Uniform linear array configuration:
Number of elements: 32
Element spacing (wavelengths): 1
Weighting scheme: binomial
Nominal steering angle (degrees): -60
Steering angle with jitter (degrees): -60.576
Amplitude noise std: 0.05
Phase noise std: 0.05

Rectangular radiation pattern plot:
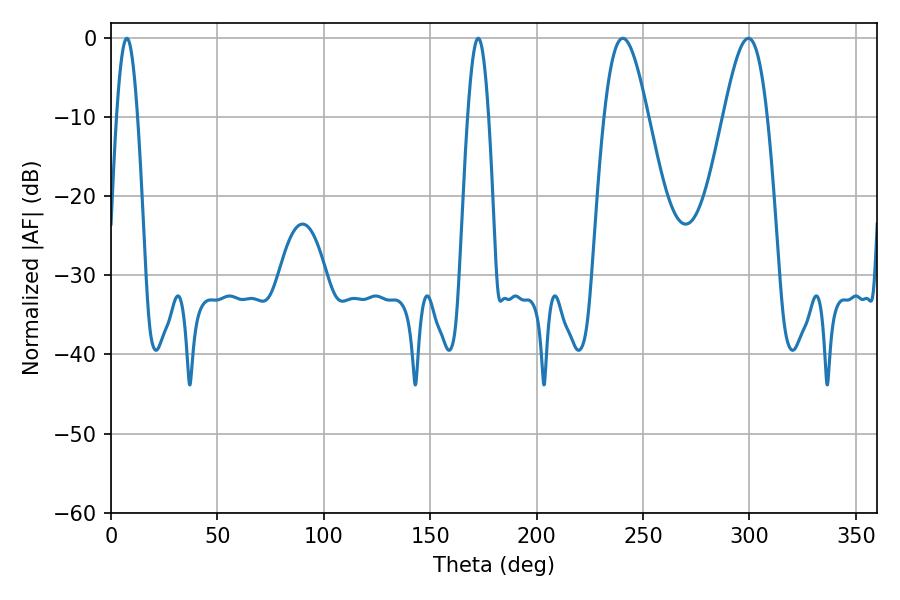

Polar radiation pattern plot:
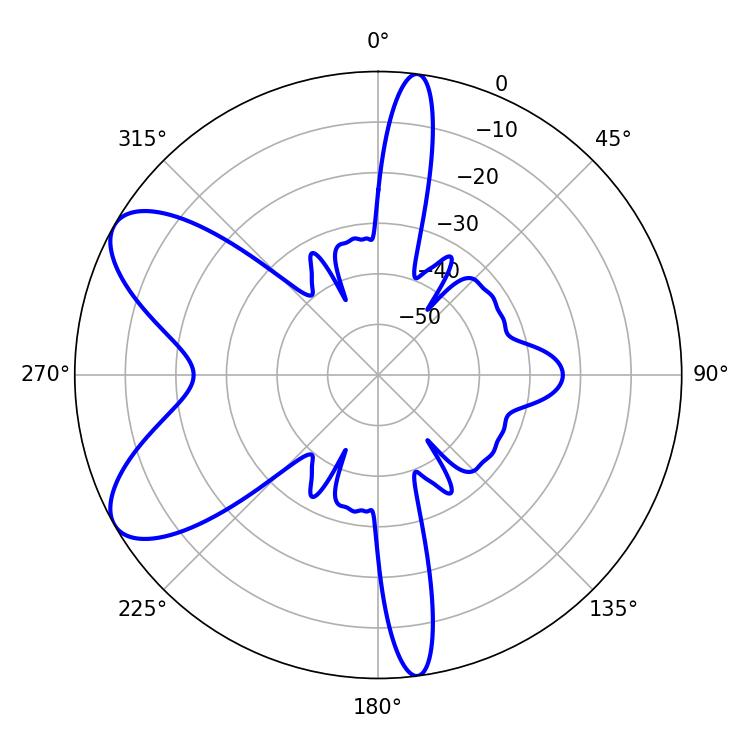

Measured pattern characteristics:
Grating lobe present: TRUE
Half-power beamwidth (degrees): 10.98
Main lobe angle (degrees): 240.48